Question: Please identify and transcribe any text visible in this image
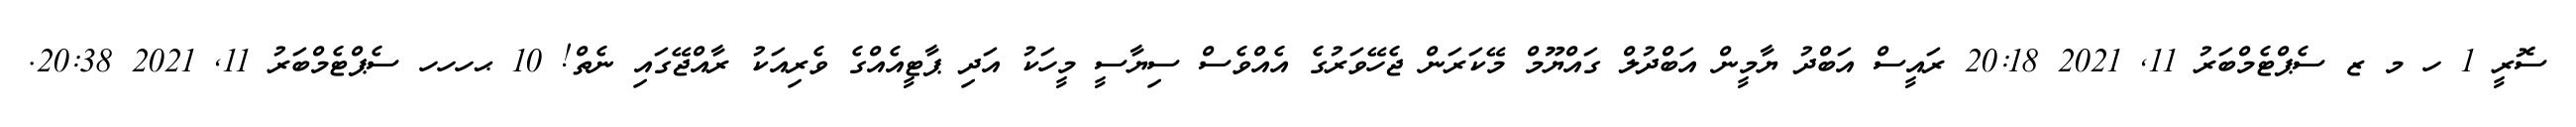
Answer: ސޮރީ 1 ހ މ ޒ ސެޕްޓެމްބަރު 11, 2021 20:18 ރައީސް އަބްދު ޔާމީން އަބްދުލް ގައްޔޫމް މޭކަރަން ޖެހޭވަރުގެ އެއްވެސް ސިޔާސީ މީހަކު އަދި ޕާޓީއެއްގެ ވެރިއަކު ރާއްޖޭގައި ނެތް! 10 ޙހހހ ސެޕްޓެމްބަރު 11, 2021 20:38.